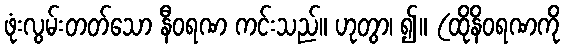
ဖုံးလွမ်းတတ်သော နီဝရဏ ကင်းသည်။ ဟုတွာ၊ ၍။ (ထိုနိဝရဏကို